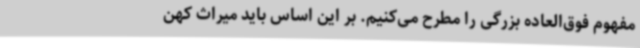
مفهوم فوق‌العاده بزرگی را مطرح می‌کنیم. بر این اساس باید میراث کهن